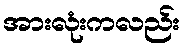
အားလုံးကလည်း